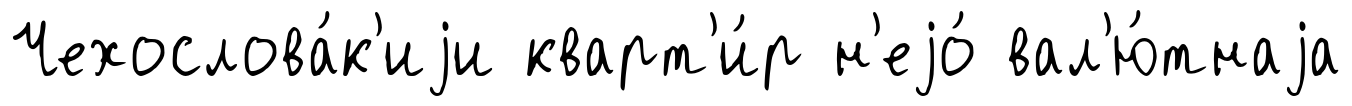
Чехослова́к'иjи кварт'и́р н'еjо́ вал'ю́тнаjа